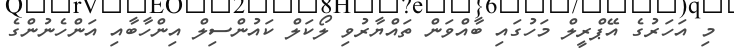
މި އަހަރުގެ އޭޕްރީލް މަހުގައި ބާއްވަން ތައްޔާރުވި ލޯކަލް ކައުންސިލް އިންހާބާއި އަންހެނުންގެ